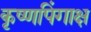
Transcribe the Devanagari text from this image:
कृष्णपिंगाक्ष